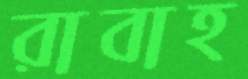
রাবাহ